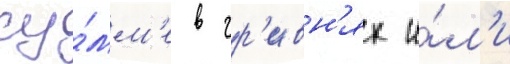
су́мм'е в гр'ивн'ях и́л'и